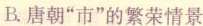
B.唐朝”市”的繁荣情景